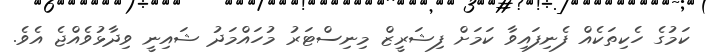
ކަމުގެ ހެކިތަކެއް ފެނިފައިވާ ކަމަށް ފިޝަރީޒް މިނިސްޓަރު މުހައްމަދު ޝައިނީ ވިދާޅުވެއްޖެ އެވެ.